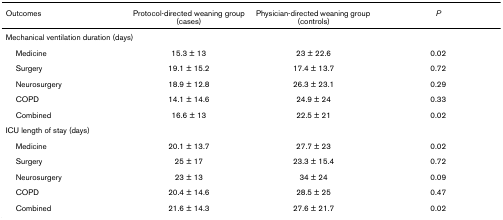
| Outcomes | Protocol-directed weaning group (cases) | Physician-directed weaning group (controls) | P |
 | --- | --- | --- | --- |
 | <COLSPAN=4> Mechanical ventilation duration (days) |
 | Medicine | 15.3 ± 13 | 23 ± 22.6 | 0.02 |
 | Surgery | 19.1 ± 15.2 | 17.4 ± 13.7 | 0.72 |
 | Neurosurgery | 18.9 ± 12.8 | 26.3 ± 23.1 | 0.29 |
 | COPD | 14.1 ± 14.6 | 24.9 ± 24 | 0.33 |
 | Combined | 16.6 ± 13 | 22.5 ± 21 | 0.02 |
 | <COLSPAN=4> ICU length of stay (days) |
 | Medicine | 20.1 ± 13.7 | 27.7 ± 23 | 0.02 |
 | Surgery | 25 ± 17 | 23.3 ± 15.4 | 0.72 |
 | Neurosurgery | 23 ± 13 | 34 ± 24 | 0.09 |
 | COPD | 20.4 ± 14.6 | 28.5 ± 25 | 0.47 |
 | Combined | 21.6 ± 14.3 | 27.6 ± 21.7 | 0.02 |